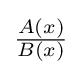
\textstyle {\frac {A(x)}{B(x)}}